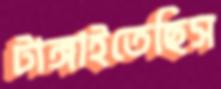
টাঙ্গাইতেছিস